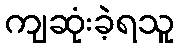
ကျဆုံးခဲ့ရသူ